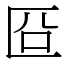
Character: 㔯